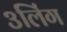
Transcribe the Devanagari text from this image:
३लिंग